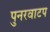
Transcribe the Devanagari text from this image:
पुनरवाटप